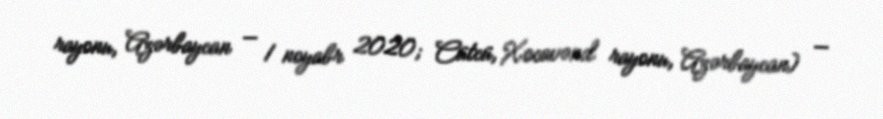
rayonu, Azərbaycan — 1 noyabr 2020; Cütcü, Xocavənd rayonu, Azərbaycan) —